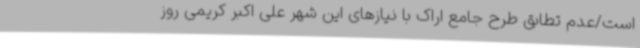
است/عدم تطابق طرح جامع اراک با نیازهای این شهر علی اکبر کریمی روز